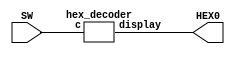
module part3(HEX0, SW);
   input [0:3] SW;
   output [6:0] HEX0;

	hex_decoder u0(
		.c(SW),
		.display(HEX0)
	);

endmodule

module hex_decoder(c, display);
	input [3:0] c;
	output [6:0] display;
	
	assign display[0] = !c[3]&!c[2]&!c[1]&c[0] | !c[3]&c[2]&!c[1]&!c[0] | c[3]&!c[2]&c[1]&c[0] | c[3]&c[2]&!c[1]&c[0];
	assign display[1] = !c[3]&c[2]&!c[1]&c[0] | !c[3]&c[2]&c[1]&!c[0] | c[3]&!c[2]&c[1]&c[0] | c[3]&c[2]&!c[1]&!c[0] | c[3]&c[2]&c[1]&!c[0] | c[3]&c[2]&c[1]&c[0];
	assign display[2] = !c[3]&!c[2]&c[1]&!c[0] | c[3]&c[2]&!c[1]&!c[0] | c[3]&c[2]&c[1]&!c[0] | c[3]&c[2]&c[1]&c[0];
	assign display[3] = !c[3]&!c[2]&!c[1]&c[0] | !c[3]&c[2]&!c[1]&!c[0] | !c[3]&c[2]&c[1]&c[0] | c[3]&!c[2]&c[1]&!c[0] | c[3]&c[2]&c[1]&c[0];
	assign display[4] = !c[3]&!c[2]&!c[1]&c[0] | !c[3]&!c[2]&c[1]&c[0] | !c[3]&c[2]&!c[1]&!c[0] | !c[3]&c[2]&!c[1]&c[0] | !c[3]&c[2]&c[1]&c[0] | c[3]&!c[2]&!c[1]&c[0];
	assign display[5] = !c[3]&!c[2]&!c[1]&c[0] | !c[3]&!c[2]&c[1]&!c[0] | !c[3]&!c[2]&c[1]&c[0] | !c[3]&c[2]&c[1]&c[0] | c[3]&c[2]&!c[1]&c[0];
	assign display[6] = !c[3]&!c[2]&!c[1]&!c[0] | !c[3]&!c[2]&!c[1]&c[0] | !c[3]&c[2]&c[1]&c[0] | c[3]&c[2]&!c[1]&!c[0];

endmodule